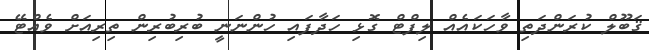
ޤަބޫލް ކުރަންދަތި ވާހަކައެއް ލިފްޓް ގޮޅި ހަދާފައި ހުންނަނީ ބުރިބުރިން ތިރިއަށް ވެއްޓޭ